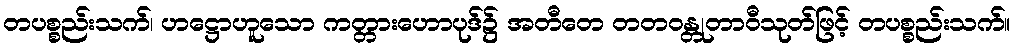
တပစ္စည်းသက်၊ ဟဋ္ဌောဟူသော ကတ္တားဟောပုဒ်၌ အတီတေ တတဝန္တုတာဝီသုတ်ဖြင့် တပစ္စည်းသက်။